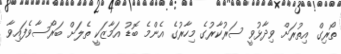
ތޯރިގް އިތުރަށް ވިދާޅުވީ ސަރުކާރުގެ މިހާރުގެ އެންމެ ބޮޑު އަމާޒަކީ ތެލަށް ބަރޯސާވެފައިވާ